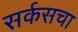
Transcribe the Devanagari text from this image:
सर्कसचा